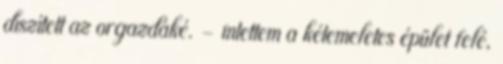
díszített az orgazdáké. – intettem a kétemeletes épület felé,